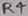
Text: R4